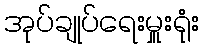
အုပ်ချုပ်ရေးမှူးရုံး